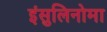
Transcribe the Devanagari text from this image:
इंसुलिनोमा